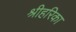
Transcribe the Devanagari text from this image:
श्रीहरिका